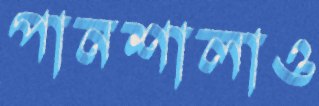
পানশালাও